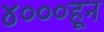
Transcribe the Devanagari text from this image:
४०००हून